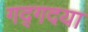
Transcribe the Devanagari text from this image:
गद्गदया